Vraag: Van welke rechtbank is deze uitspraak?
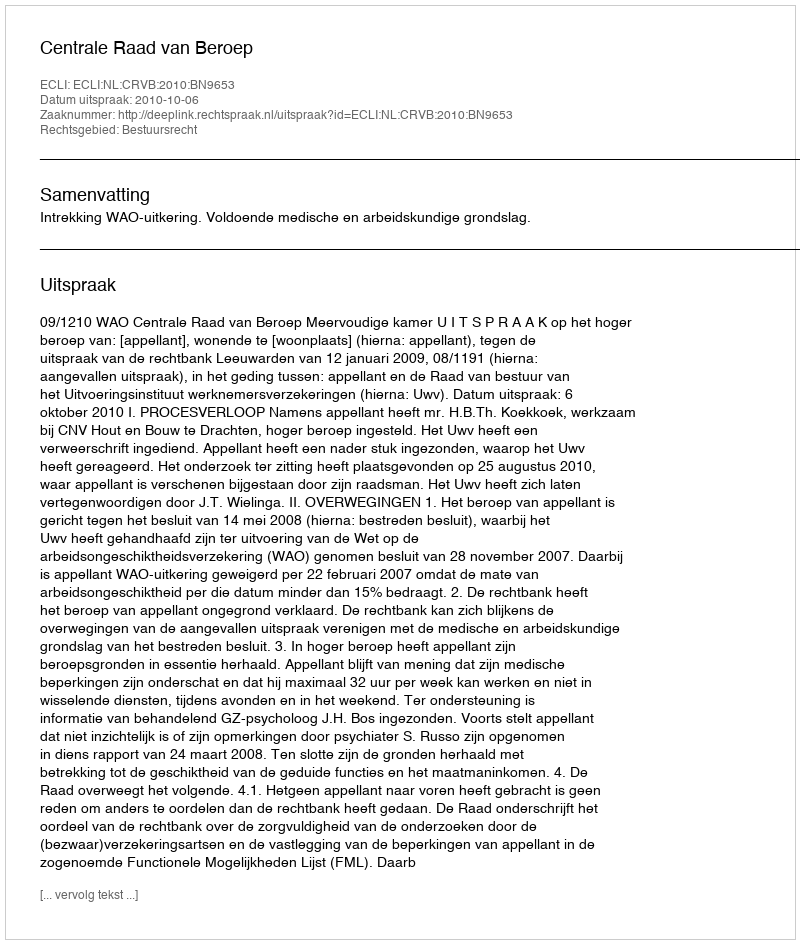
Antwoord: Centrale Raad van Beroep